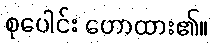
စုပေါင်း ဟောထား၏။